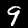
Label: 9